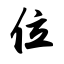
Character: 位